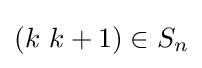
(k\ k+1)\in S_{n}